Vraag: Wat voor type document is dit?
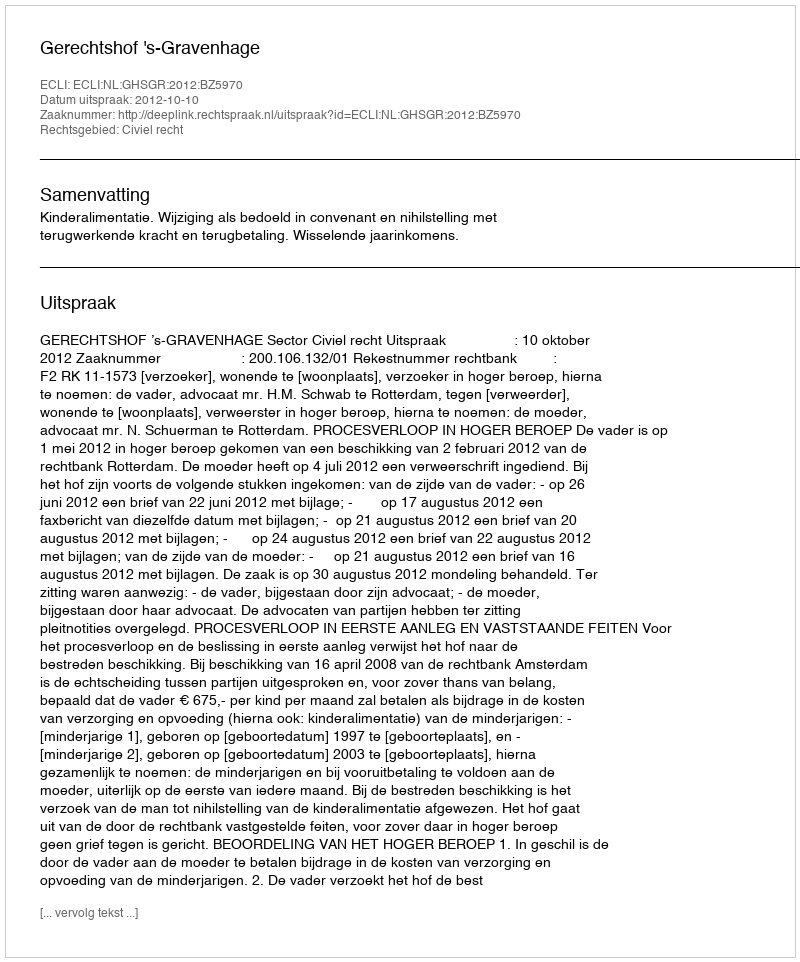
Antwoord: Uitspraak